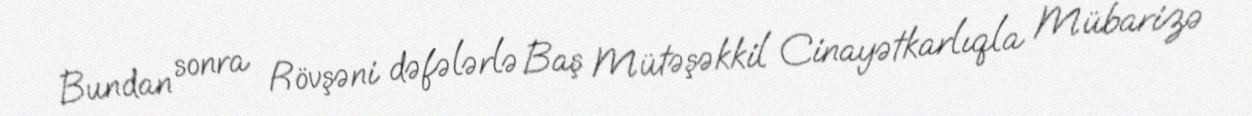
Bundan sonra Rövşəni dəfələrlə Baş Mütəşəkkil Cinayətkarlıqla Mübarizə